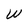
Character: W